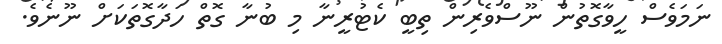
ނަމަވެސް ހީވާގޮތުން ނޫސްވެރިން ތިބީ ކެޓުރީނާ މި ބުނާ ގޮތް ހަދާގޮތަކަށް ނޫނެވެ.